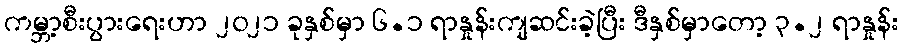
ကမ္ဘာ့စီးပွားရေးဟာ ၂၀၂၁ ခုနှစ်မှာ ၆.၁ ရာနှုန်းကျဆင်းခဲ့ပြီး ဒီနှစ်မှာတော့ ၃.၂ ရာနှုန်း